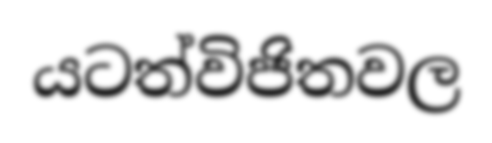
යටත්විජිතවල